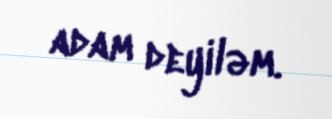
adam deyiləm.